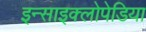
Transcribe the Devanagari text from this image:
इन्साइक्लोपेडिया